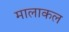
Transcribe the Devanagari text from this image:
मालाकल